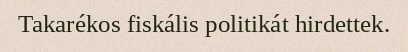
Takarékos fiskális politikát hirdettek.